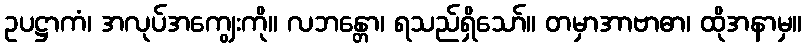
ဥပဋ္ဌာကံ၊ အလုပ်အကျွေးကို။ လဘန္တော၊ ရသည်ရှိသော်။ တမှာအာဗာဓာ၊ ထိုအနာမှ။